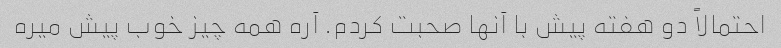
احتمالاً دو هفته پیش با آنها صحبت کردم. آره همه چیز خوب پیش میره